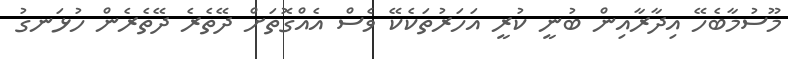
މޫސުމާބެހޭ އިދާރާއިން ބުނީ ކުރީ އަހަރުތަކެކޭ ވެސް އެއްގޮތަށް ދޭތެރެ ދޭތެރެން ހުޅަނގު